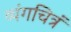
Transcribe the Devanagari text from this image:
व्यंगचित्रं